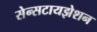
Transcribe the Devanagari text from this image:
सेन्सटायझेशन